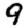
Digit: 9